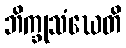
ဘိက္ခုသံဃေတိ